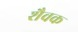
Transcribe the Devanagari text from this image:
शैवक